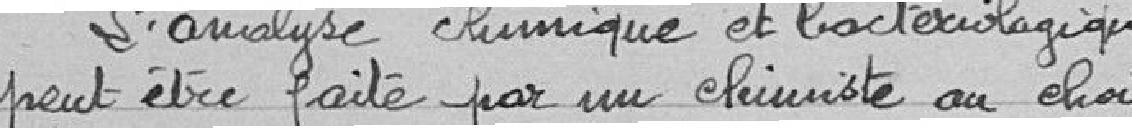
L'analyse chimique et bactériologique peut être faite par  un chimiste au choix